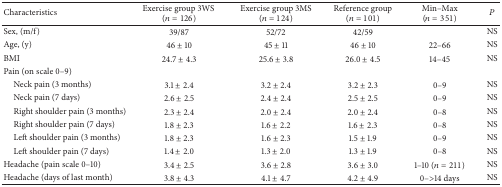
| Characteristics | Exercise group 3WS (n = 126) | Exercise group 3MS (n = 124) | Reference group(n = 101) | Min–Max(n = 351) | P |
 | --- | --- | --- | --- | --- | --- |
 | Sex, (m/f) | 39/87 | 52/72 | 42/59 |  | NS |
 | Age, (y) | 46 ± 10 | 45 ± 11 | 46 ± 10 | 22–66 | NS |
 | BMI | 24.7 ± 4.3 | 25.6 ± 3.8 | 26.0 ± 4.5 | 14–45 | NS |
 | Pain (on scale 0–9) |  |  |  |  |  |
 | Neck pain (3 months) | 3.1 ± 2.4 | 3.2 ± 2.4 | 3.2 ± 2.3 | 0–9 | NS |
 | Neck pain (7 days) | 2.6 ± 2.5 | 2.4 ± 2.4 | 2.5 ± 2.5 | 0–9 | NS |
 | Right shoulder pain (3 months) | 2.3 ± 2.4 | 2.0 ± 2.4 | 2.0 ± 2.4 | 0–8 | NS |
 | Right shoulder pain (7 days) | 1.8 ± 2.3 | 1.6 ± 2.2 | 1.6 ± 2.3 | 0–8 | NS |
 | Left shoulder pain (3 months) | 1.8 ± 2.3 | 1.6 ± 2.3 | 1.5 ± 1.9 | 0–9 | NS |
 | Left shoulder pain (7 days) | 1.4 ± 2.0 | 1.3 ± 2.0 | 1.3 ± 1.9 | 0–8 | NS |
 | Headache (pain scale 0–10) | 3.4 ± 2.5 | 3.6 ± 2.8 | 3.6 ± 3.0 | 1–10 (n = 211) | NS |
 | Headache (days of last month) | 3.8 ± 4.3 | 4.1 ± 4.7 | 4.2 ± 4.9 | 0–>14 days | NS |